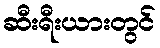
ဆီးရီးယားတွင်